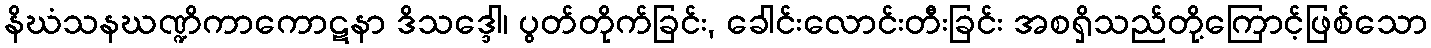
နိဃံသနဃဏ္ဍိကာကောဋနာ ဒိသဒ္ဒေါ၊ ပွတ်တိုက်ခြင်း, ခေါင်းလောင်းတီးခြင်း အစရှိသည်တို့ကြောင့်ဖြစ်သော